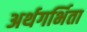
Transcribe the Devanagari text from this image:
अर्थगर्भिता